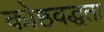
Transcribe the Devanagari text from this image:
कोष्ठवद्धता